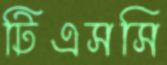
টিএসসি